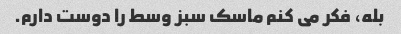
بله، فکر می کنم ماسک سبز وسط را دوست دارم.